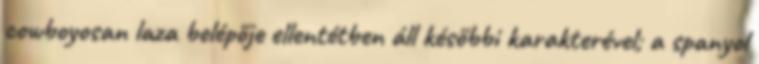
cowboyosan laza belépője ellentétben áll későbbi karakterével; a spanyol